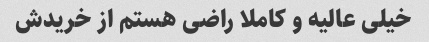
خیلی عالیه و کاملا راضی هستم از خریدش